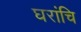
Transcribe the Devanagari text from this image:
घरांचि